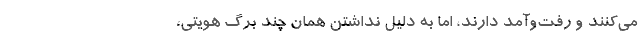
مي‌كنند و رفت‌و‌آمد دارند، اما به دليل نداشتن همان چند برگ هويتي،